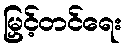
မြှင့်တင်ရေး